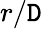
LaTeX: r/\mathtt{D}